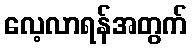
လေ့လာရန်အတွက်